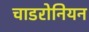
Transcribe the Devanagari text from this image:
चाडरोनियन